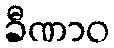
ခီဏာဝ